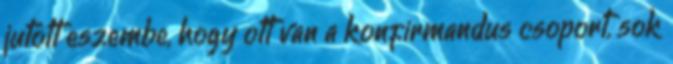
jutott eszembe, hogy ott van a konfirmandus csoport, sok